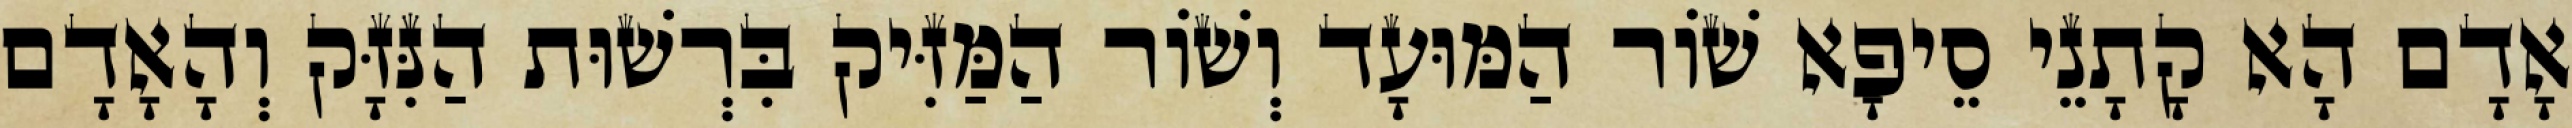
אָדָם הָא קָתָנֵי סֵיפָא שׁוֹר הַמּוּעָד וְשׁוֹר הַמַּזִּיק בִּרְשׁוּת הַנִּזָּק וְהָאָדָם